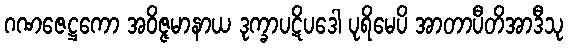
ဂဏဇေဋ္ဌကော အဝိဇ္ဇမာနာယ ဒုက္ခာပဋိပဒေါ ပုရိမေပိ အာတာပီတိအာဒီသု